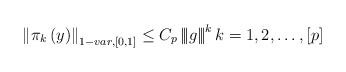
LaTeX: \begin{align*}\left\Vert \pi _{k}\left( y\right) \right\Vert _{1-var,\left[ 0,1\right]}\leq C_{p}\left\vert \!\left\vert \!\left\vert g\right\vert \!\right\vert\!\right\vert ^{k}k=1,2,\dots ,\left[ p\right] \end{align*}